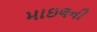
માઇલની